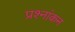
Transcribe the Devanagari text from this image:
प्रश्नांकन